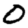
Digit: 0